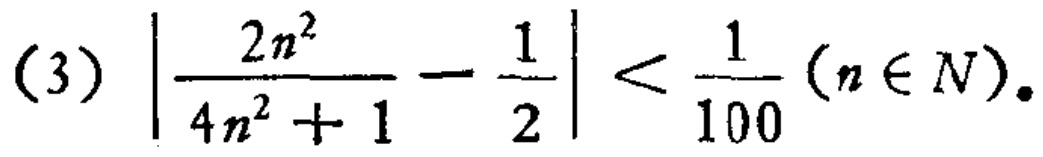
\((3)\left|\frac{2n^{2}}{4n^{2}+1}-\frac{1}{2}\right|<\frac{1}{100}(n\in N)\)